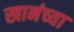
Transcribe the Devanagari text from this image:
खानंच्या